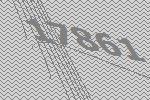
17861